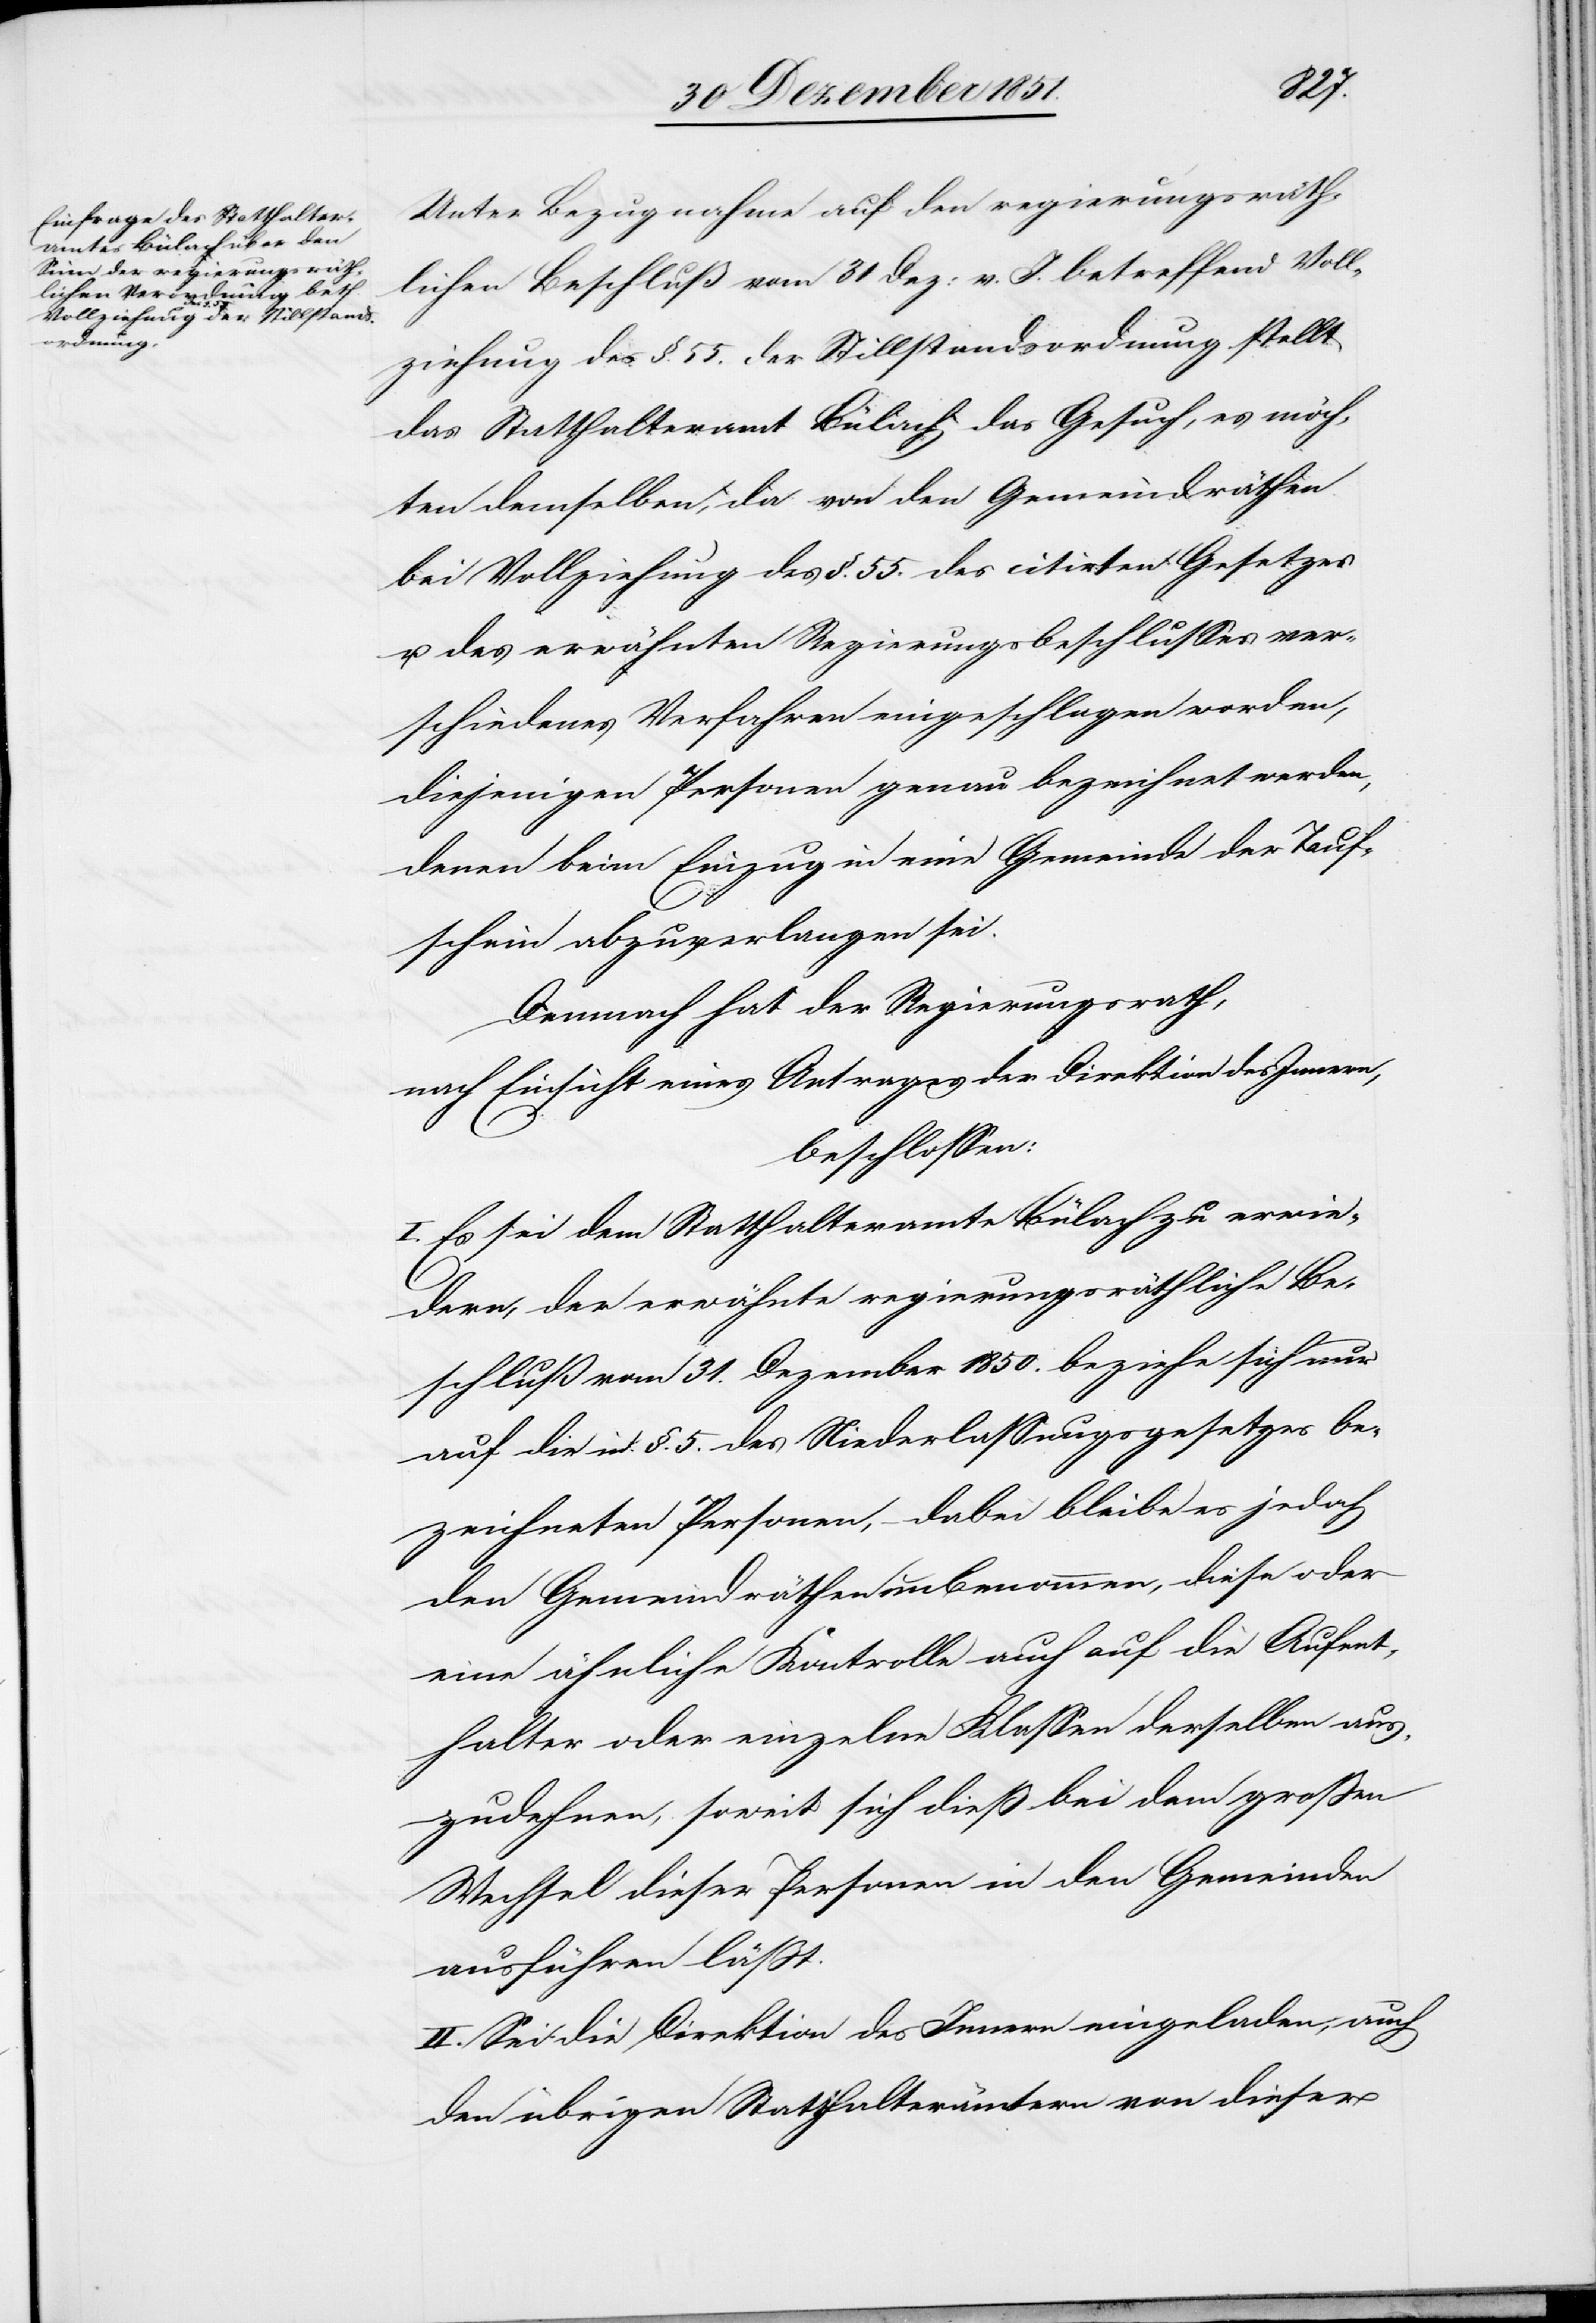
Unter Bezugnahme auf den regierungsräth¬
lichen Beschluß vom 31 Dez: v. J. betreffend Voll¬
ziehung des §. 55. der Stillstandsordnung stellt
das Statthalteramt Bülach das Gesuch, es möch¬
ten demselben, da von den Gemeindräthen
bei Vollziehung des §. 55. des citirten Gesetzes
u. des erwähnten Regierungsbeschlusses ver¬
schiedenes Verfahren eingeschlagen worden,
diejenigen Personen genau bezeichnet werden,
denen beim Einzug in eine Gemeinde der Tauf¬
schein abzuverlangen sei.
Demnach hat der Regierungsrath,
nach Einsicht eines Antrages der Direktion des Innern,
beschlossen:
Es sei dem Statthalteramte Bülach zu erwie¬
dern, der erwähnte regierungsräthliche Be¬
schluß vom 31. Dezember 1850. beziehe sich nur
auf die in §. 5. des Niederlassungsgesetzes be¬
zeichneten Personen, – dabei bleibe es jedoch
den Gemeindräthen unbenommen, diese oder
eine ähnliche Kontrolle auch auf die Aufent¬
halter oder einzelne Klassen derselben aus¬
zudehnen, soweit sich dieß bei dem großen
Wechsel dieser Personen in den Gemeinden
ausführen läßt.
II. Sei die Direktion des Innern eingeladen, auch
den übrigen Statthalterämtern von dieser